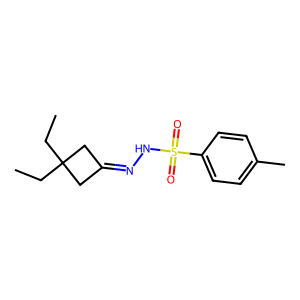
SMILES: CCC1(CC)CC(=NNS(=O)(=O)c2ccc(C)cc2)C1
Inhibits HIV replication: No